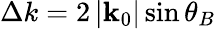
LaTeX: \Delta k=2\left|\mathbf{k}_{0}\right|\sin\theta_{B}